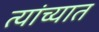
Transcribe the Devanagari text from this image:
त्‍यांच्‍यात